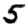
Digit: 5